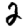
Digit: 2